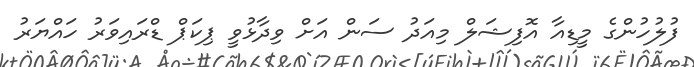
ފުލުހުންގެ މީޑިއާ އޮފިޝަލް މިއަދު ސަން އަށް ވިދާޅުވީ ޕިކަޕް ޑްރައިވަރު ހައްޔަރު